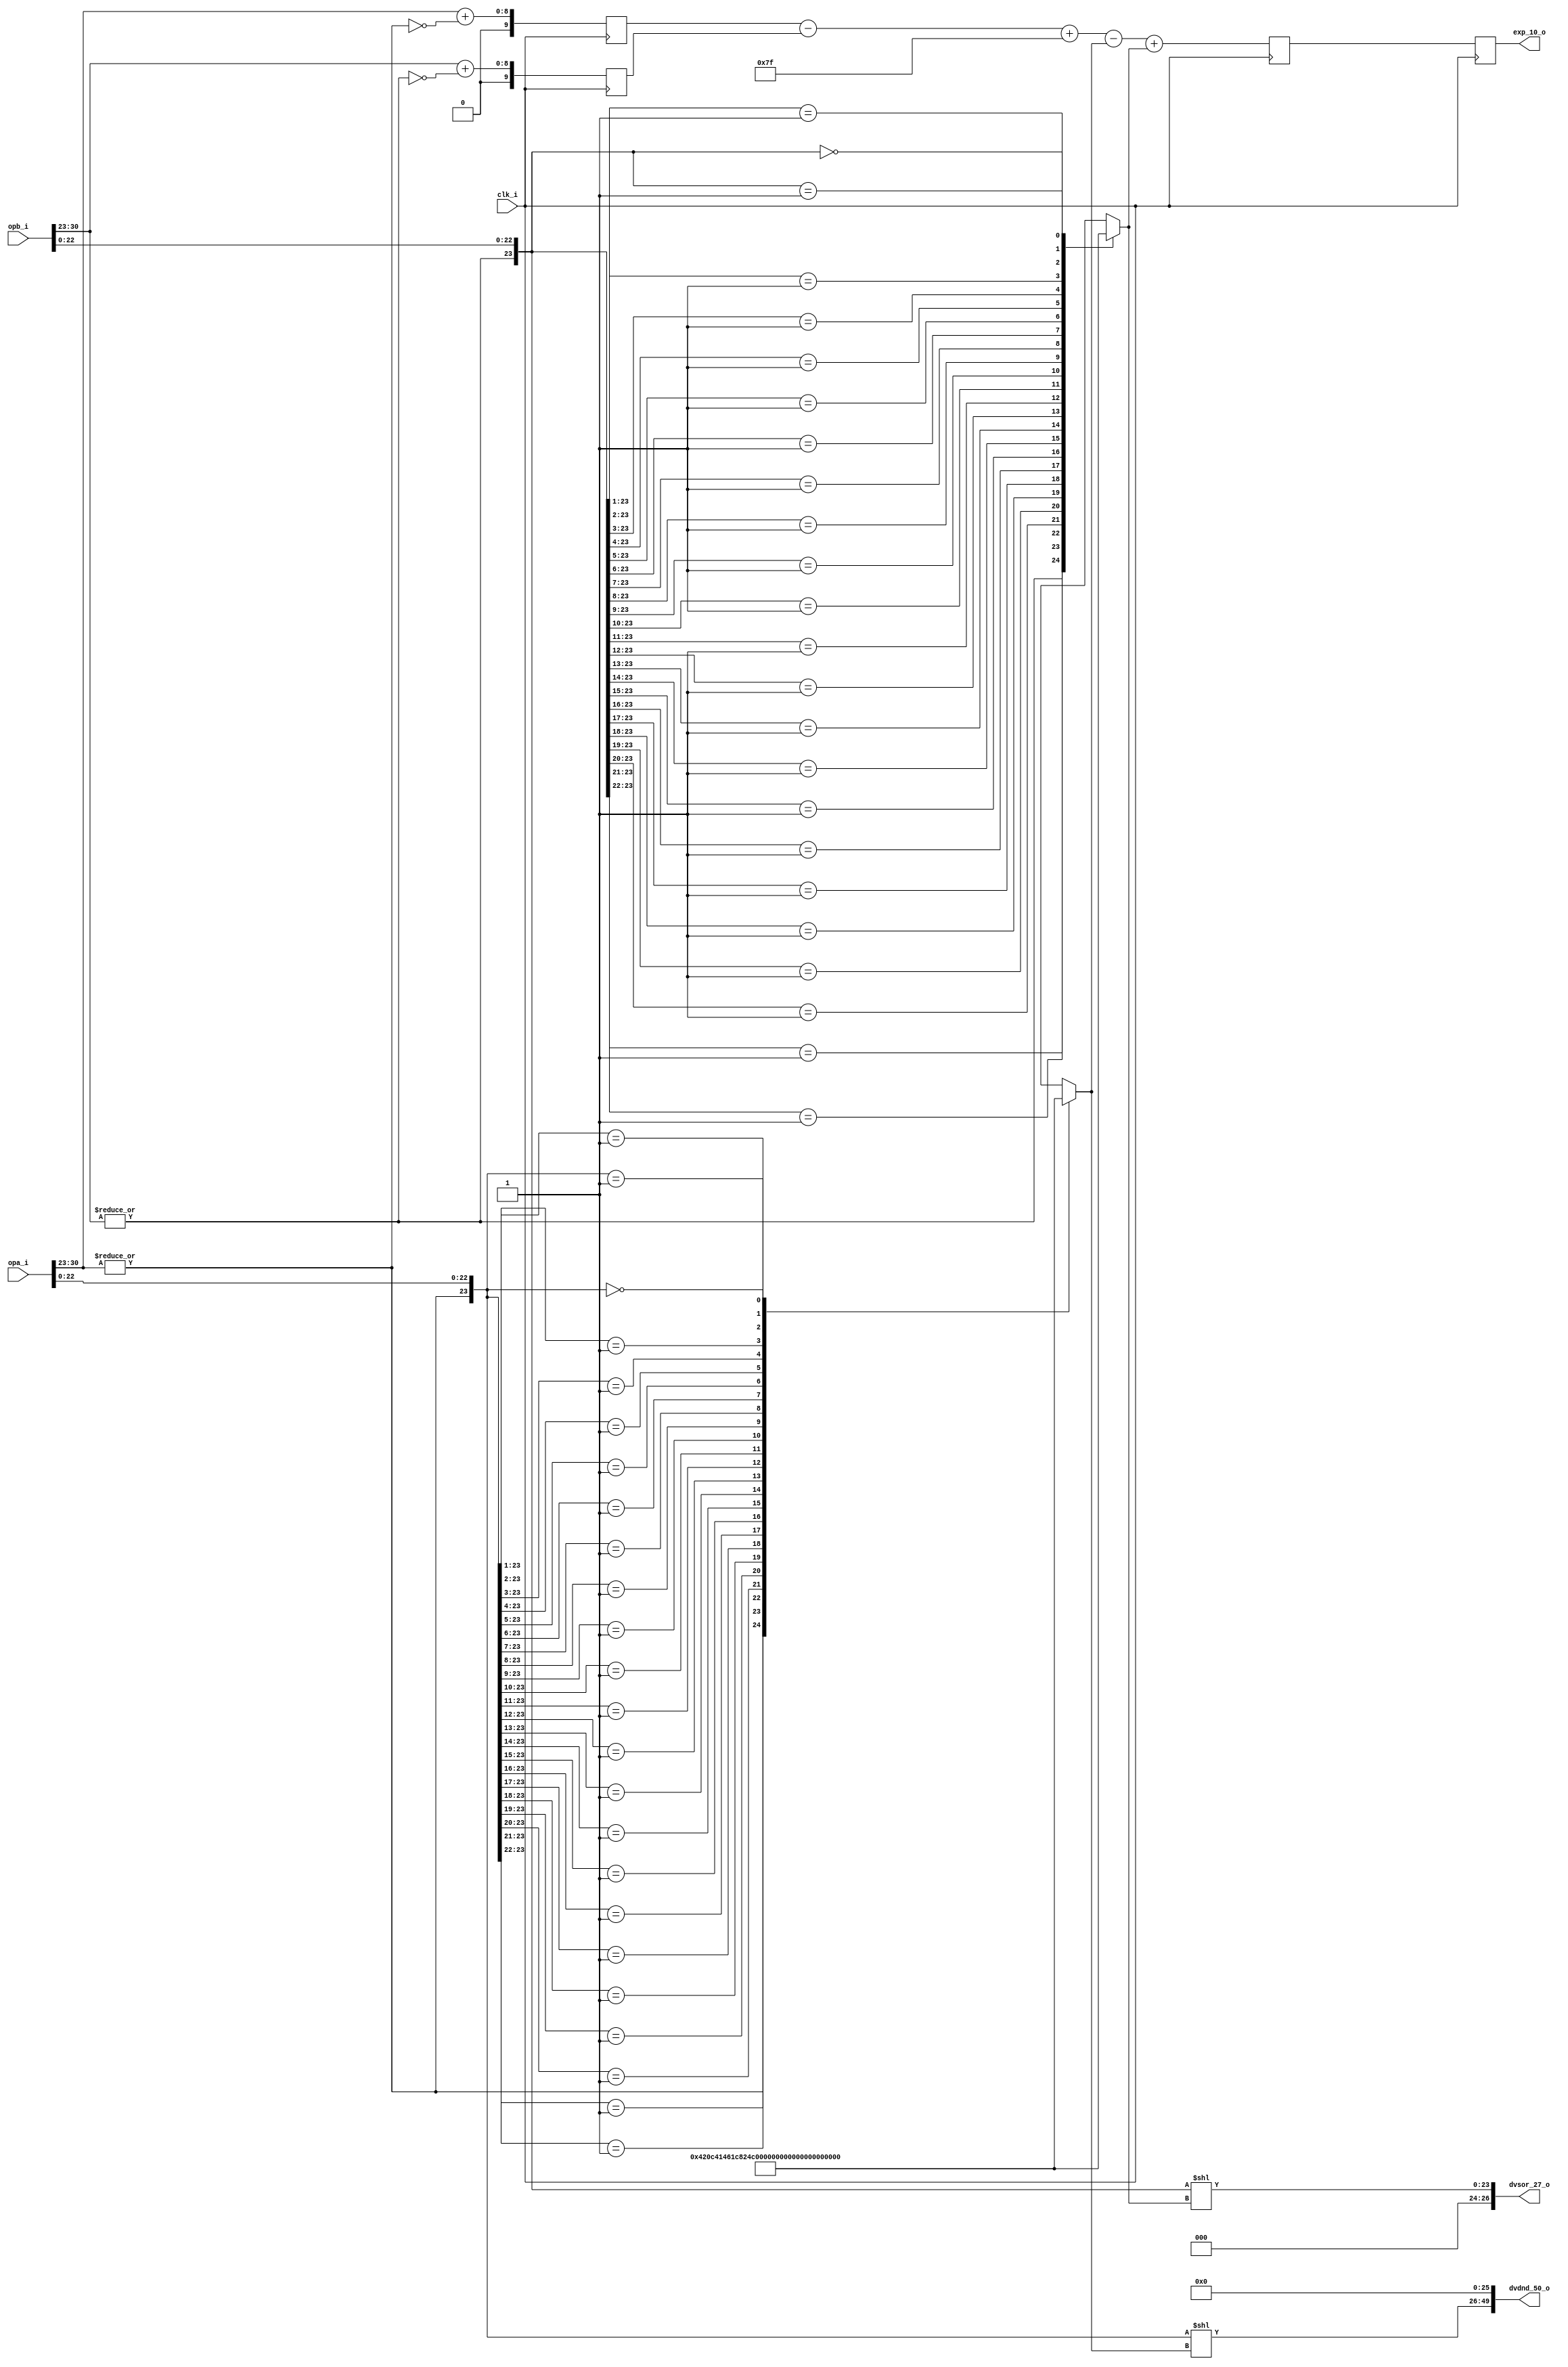
//////////////////////////////////////////////////////////////////////
////                                                              ////
////  or1200_fpu_pre_norm_div                                     ////
////                                                              ////
////  This file is part of the OpenRISC 1200 project              ////
////  http://opencores.org/project,or1k                           ////
////                                                              ////
////  Description                                                 ////
////  pre-normalization entity for the division unit              ////
////                                                              ////
////  To Do:                                                      ////
////                                                              ////
////                                                              ////
////  Author(s):                                                  ////
////      - Original design (FPU100) -                            ////
////        Jidan Al-eryani, jidan@gmx.net                        ////
////      - Conv. to Verilog and inclusion in OR1200 -            ////
////        Julius Baxter, julius@opencores.org                   ////
////                                                              ////
//////////////////////////////////////////////////////////////////////
//
//  Copyright (C) 2006, 2010
//
//	This source file may be used and distributed without        
//	restriction provided that this copyright statement is not   
//	removed from the file and that any derivative work contains 
//	the original copyright notice and the associated disclaimer.
//                                                           
//		THIS SOFTWARE IS PROVIDED ``AS IS'' AND WITHOUT ANY     
//	EXPRESS OR IMPLIED WARRANTIES, INCLUDING, BUT NOT LIMITED   
//	TO, THE IMPLIED WARRANTIES OF MERCHANTABILITY AND FITNESS   
//	FOR A PARTICULAR PURPOSE. IN NO EVENT SHALL THE AUTHOR      
//	OR CONTRIBUTORS BE LIABLE FOR ANY DIRECT, INDIRECT,         
//	INCIDENTAL, SPECIAL, EXEMPLARY, OR CONSEQUENTIAL DAMAGES    
//	(INCLUDING, BUT NOT LIMITED TO, PROCUREMENT OF SUBSTITUTE   
//	GOODS OR SERVICES; LOSS OF USE, DATA, OR PROFITS; OR        
//	BUSINESS INTERRUPTION) HOWEVER CAUSED AND ON ANY THEORY OF  
//	LIABILITY, WHETHER IN  CONTRACT, STRICT LIABILITY, OR TORT  
//	(INCLUDING NEGLIGENCE OR OTHERWISE) ARISING IN ANY WAY OUT  
//	OF THE USE OF THIS SOFTWARE, EVEN IF ADVISED OF THE         
//	POSSIBILITY OF SUCH DAMAGE. 
//

module or1200_fpu_pre_norm_div
  (
   clk_i,
   opa_i,
   opb_i,
   exp_10_o,
   dvdnd_50_o,
   dvsor_27_o
   );

   
   parameter FP_WIDTH = 32;
   parameter MUL_SERIAL = 0; // 0 for parallel multiplier, 1 for serial
   parameter MUL_COUNT = 11; //11 for parallel multiplier, 34 for serial
   parameter FRAC_WIDTH = 23;
   parameter EXP_WIDTH = 8;
   parameter ZERO_VECTOR = 31'd0;
   parameter INF = 31'b1111111100000000000000000000000;
   parameter QNAN = 31'b1111111110000000000000000000000;
   parameter SNAN = 31'b1111111100000000000000000000001;

   input clk_i;
   input [FP_WIDTH-1:0] opa_i;
   input [FP_WIDTH-1:0] opb_i;
   output reg [EXP_WIDTH+1:0] exp_10_o;
   output [2*(FRAC_WIDTH+2)-1:0] dvdnd_50_o;
   output [FRAC_WIDTH+3:0] 	 dvsor_27_o;

   
   wire [EXP_WIDTH-1:0] 	 s_expa;
   wire [EXP_WIDTH-1:0] 	 s_expb;
   wire [FRAC_WIDTH-1:0] 	 s_fracta;
   wire [FRAC_WIDTH-1:0] 	 s_fractb;
   wire [2*(FRAC_WIDTH+2)-1:0] 	 s_dvdnd_50_o;
   wire [FRAC_WIDTH+3:0] 	 s_dvsor_27_o;
   reg [5:0] 			 s_dvd_zeros;
   reg [5:0] 			 s_div_zeros;
   reg [EXP_WIDTH+1:0] 		 s_exp_10_o;
   
   reg [EXP_WIDTH+1:0] 		 s_expa_in;
   reg [EXP_WIDTH+1:0] 		 s_expb_in;
   wire 			 s_opa_dn, s_opb_dn;
   
   wire [FRAC_WIDTH:0] 		 s_fracta_24;
   wire [FRAC_WIDTH:0] 		 s_fractb_24;

   
   assign s_expa = opa_i[30:23];
   assign s_expb = opb_i[30:23];
   assign s_fracta = opa_i[22:0];
   assign s_fractb = opb_i[22:0];
   assign dvdnd_50_o = s_dvdnd_50_o;
   assign dvsor_27_o	= s_dvsor_27_o;
   
   // Output Register
   always @(posedge clk_i)
     exp_10_o <= s_exp_10_o;

   assign s_opa_dn = !(|s_expa);
   assign s_opb_dn = !(|s_expb);
	
   assign s_fracta_24 = {!s_opa_dn,s_fracta};
   assign s_fractb_24 = {!s_opb_dn,s_fractb};
	
   
   // count leading zeros
   //s_dvd_zeros <= count_l_zeros( s_fracta_24 );
   always @(s_fracta_24)
     casez(s_fracta_24)	// synopsys full_case parallel_case
       24'b1???????????????????????: s_dvd_zeros = 0;
       24'b01??????????????????????: s_dvd_zeros = 1;
       24'b001?????????????????????: s_dvd_zeros = 2;
       24'b0001????????????????????: s_dvd_zeros = 3;
       24'b00001???????????????????: s_dvd_zeros = 4;
       24'b000001??????????????????: s_dvd_zeros = 5;
       24'b0000001?????????????????: s_dvd_zeros = 6;
       24'b00000001????????????????: s_dvd_zeros = 7;
       24'b000000001???????????????: s_dvd_zeros = 8;
       24'b0000000001??????????????: s_dvd_zeros = 9;
       24'b00000000001?????????????: s_dvd_zeros = 10;
       24'b000000000001????????????: s_dvd_zeros = 11;
       24'b0000000000001???????????: s_dvd_zeros = 12;
       24'b00000000000001??????????: s_dvd_zeros = 13;
       24'b000000000000001?????????: s_dvd_zeros = 14;
       24'b0000000000000001????????: s_dvd_zeros = 15;
       24'b00000000000000001???????: s_dvd_zeros = 16;
       24'b000000000000000001??????: s_dvd_zeros = 17;
       24'b0000000000000000001?????: s_dvd_zeros = 18;
       24'b00000000000000000001????: s_dvd_zeros = 19;
       24'b000000000000000000001???: s_dvd_zeros = 20;
       24'b0000000000000000000001??: s_dvd_zeros = 21;
       24'b00000000000000000000001?: s_dvd_zeros = 22;
       24'b000000000000000000000001: s_dvd_zeros = 23;
       24'b000000000000000000000000: s_dvd_zeros = 24;
     endcase

   //s_div_zeros <= count_l_zeros( s_fractb_24 );
   always @(s_fractb_24)
     casez(s_fractb_24)	// synopsys full_case parallel_case
       24'b1???????????????????????: s_div_zeros = 0;
       24'b01??????????????????????: s_div_zeros = 1;
       24'b001?????????????????????: s_div_zeros = 2;
       24'b0001????????????????????: s_div_zeros = 3;
       24'b00001???????????????????: s_div_zeros = 4;
       24'b000001??????????????????: s_div_zeros = 5;
       24'b0000001?????????????????: s_div_zeros = 6;
       24'b00000001????????????????: s_div_zeros = 7;
       24'b000000001???????????????: s_div_zeros = 8;
       24'b0000000001??????????????: s_div_zeros = 9;
       24'b00000000001?????????????: s_div_zeros = 10;
       24'b000000000001????????????: s_div_zeros = 11;
       24'b0000000000001???????????: s_div_zeros = 12;
       24'b00000000000001??????????: s_div_zeros = 13;
       24'b000000000000001?????????: s_div_zeros = 14;
       24'b0000000000000001????????: s_div_zeros = 15;
       24'b00000000000000001???????: s_div_zeros = 16;
       24'b000000000000000001??????: s_div_zeros = 17;
       24'b0000000000000000001?????: s_div_zeros = 18;
       24'b00000000000000000001????: s_div_zeros = 19;
       24'b000000000000000000001???: s_div_zeros = 20;
       24'b0000000000000000000001??: s_div_zeros = 21;
       24'b00000000000000000000001?: s_div_zeros = 22;
       24'b000000000000000000000001: s_div_zeros = 23;
       24'b000000000000000000000000: s_div_zeros = 24;
     endcase

   // left-shift the dividend and divisor
   wire [FRAC_WIDTH:0] 		 fracta_lshift_intermediate;
   wire [FRAC_WIDTH:0] 		 fractb_lshift_intermediate;
   assign fracta_lshift_intermediate = s_fracta_24 << s_dvd_zeros;
   assign fractb_lshift_intermediate = s_fractb_24 << s_div_zeros;
   
   assign s_dvdnd_50_o = {fracta_lshift_intermediate,26'd0};
   
   assign s_dvsor_27_o = {3'd0,fractb_lshift_intermediate};
	
   always @(posedge clk_i)
     begin
	// pre-calculate exponent
	s_expa_in <= {2'd0,s_expa} + {9'd0,s_opa_dn};
	s_expb_in <= {2'd0,s_expb} + {9'd0,s_opb_dn};	
	s_exp_10_o <= s_expa_in - s_expb_in + 10'b0001111111 - 
		      {4'd0,s_dvd_zeros} + {4'd0,s_div_zeros};
     end

   
endmodule // or1200_fpu_pre_norm_div